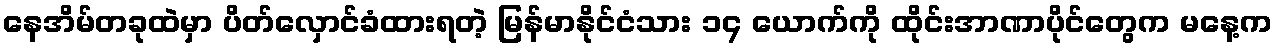
နေအိမ်တခုထဲမှာ ပိတ်လှောင်ခံထားရတဲ့ မြန်မာနိုင်ငံသား ၁၄ ယောက်ကို ထိုင်းအာဏာပိုင်တွေက မနေ့က